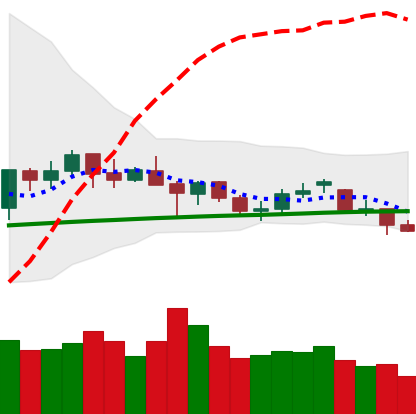
Ticker: ETH-USD
Chart end date: 2021-06-19
Forward return: -8.724%
Label: down_7plus